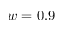
w = 0 . 9